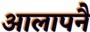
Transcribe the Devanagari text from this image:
आलापनै